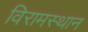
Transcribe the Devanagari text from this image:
विरामस्थान